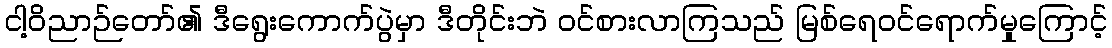
ငါ့ဝိညာဉ်တော်၏ ဒီရွေးကောက်ပွဲမှာ ဒီတိုင်းဘဲ ဝင်စားလာကြသည် မြစ်ရေဝင်ရောက်မှုကြောင့်